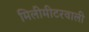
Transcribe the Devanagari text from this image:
मिलीमीटरवाली